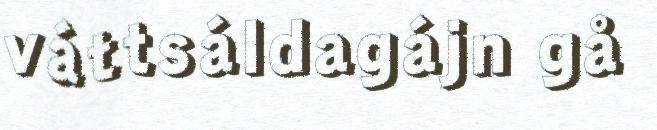
váttsáldagájn gå